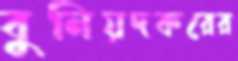
বুনিয়দকরের